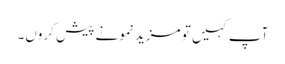
آپ کہیں تو مزید نمونے پیش کروں۔